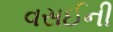
વસઈની